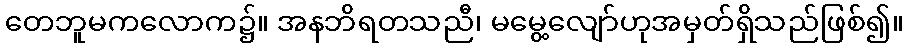
တေဘူမကလောက၌။ အနဘိရတသညီ၊ မမွေ့လျော်ဟုအမှတ်ရှိသည်ဖြစ်၍။